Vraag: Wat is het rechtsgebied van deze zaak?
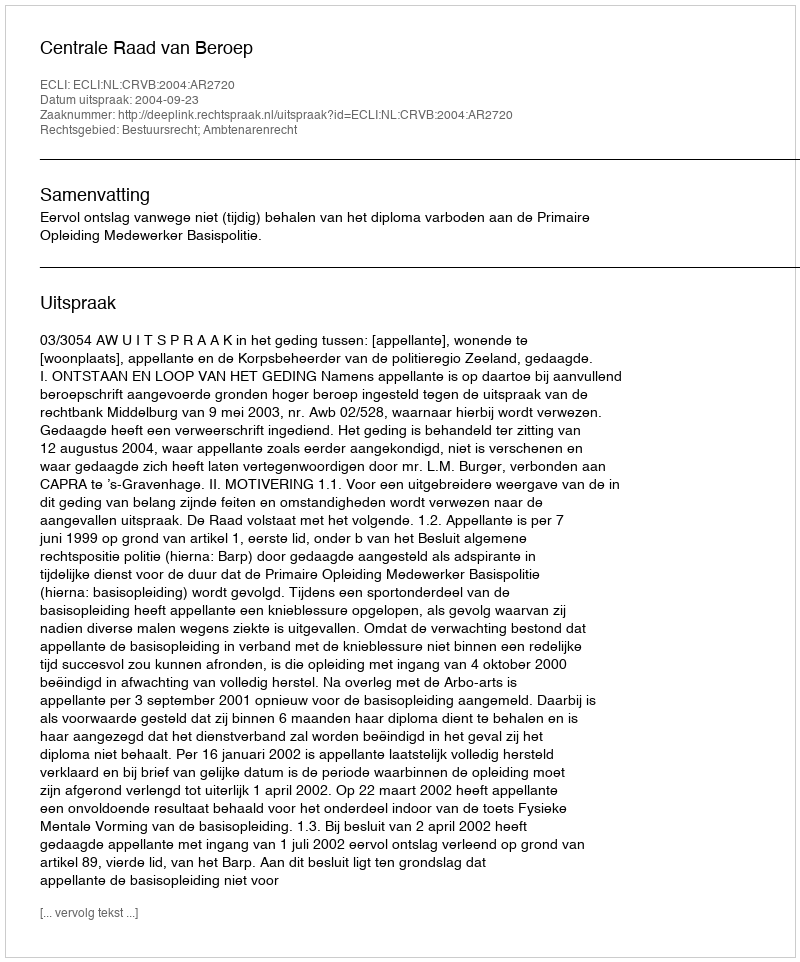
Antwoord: Bestuursrecht; Ambtenarenrecht